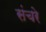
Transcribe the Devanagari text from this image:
संचरे